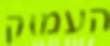
העמוק